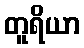
တူရိယာ